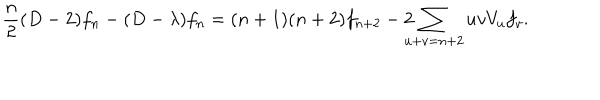
\frac { n } { 2 } ( D - 2 ) f _ { n } - ( D - \lambda ) f _ { n } = ( n + 1 ) ( n + 2 ) f _ { n + 2 } - 2 \! \! \! \! \sum _ { u + v = n + 2 } u v V _ { u } f _ { v } .